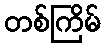
တစ်ကြိမ်